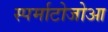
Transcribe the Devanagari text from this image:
स्पर्माटोजोआ